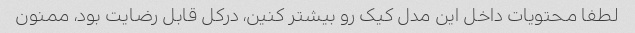
لطفا محتویات داخل این مدل کیک رو بیشتر کنین، درکل قابل رضایت بود، ممنون